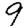
Digit: 9